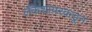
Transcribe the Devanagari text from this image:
लँकेशायरकडून